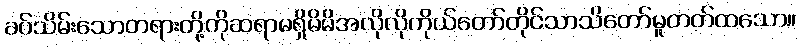
ခပ်သိမ်းသောတရားတို့ကိုဆရာမရှိမိမိအလိုလိုကိုယ်တော်တိုင်သာသိတော်မူတတ်ထသော။